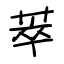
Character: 萃